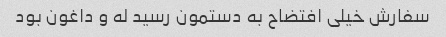
سفارش خیلی افتضاح به دستمون رسید له و داغون بود